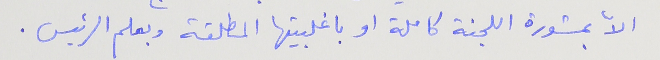
الاّ بمشورة اللجنة كاملة او باغلبيتها المطلقة وبعلم الرئيس .